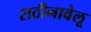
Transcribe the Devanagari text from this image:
राठीनावेलू